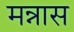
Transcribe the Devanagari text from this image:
मन्नास